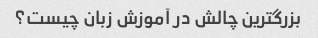
بزرگترین چالش در آموزش زبان چیست؟